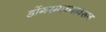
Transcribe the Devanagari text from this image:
डोंगरमाथ्यावरून